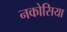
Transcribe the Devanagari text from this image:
नकोसिया